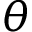
\theta